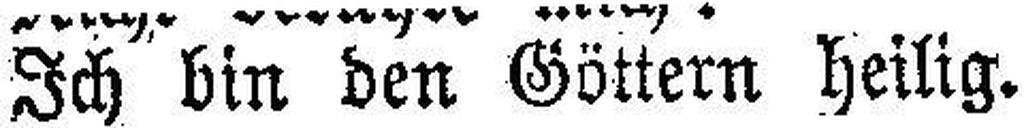
Ich bin den Göttern heilig.